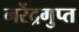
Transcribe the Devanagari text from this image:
नरेंद्रगुप्त